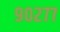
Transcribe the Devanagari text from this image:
९०२७७